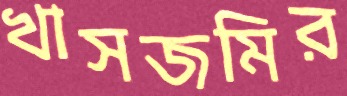
খাসজমির